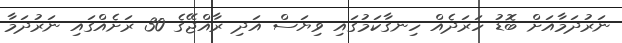
ނަރުދަމާއަށް ބޮޑު ހަރަދެއް ހިނގާކަމުގައި ވިޔަސް އަދި ރާއްޖޭގެ 30 ރަށެއްގައި ނަރުދަމާ